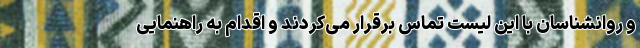
و روانشناسان با این لیست تماس برقرار می‌کردند و اقدام به راهنمایی